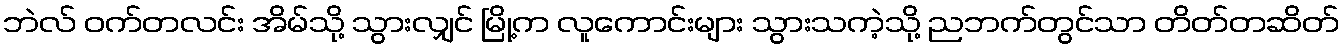
ဘဲလ် ဝက်တလင်း အိမ်သို့ သွားလျှင် မြို့က လူကောင်းများ သွားသကဲ့သို့ ညဘက်တွင်သာ တိတ်တဆိတ်